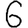
Digit: 6